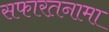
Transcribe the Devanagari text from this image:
सफारतनामा